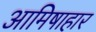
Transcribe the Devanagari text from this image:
आमिषाहार